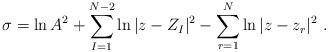
LaTeX: \begin{align*}\sigma =\ln A^2 +\sum_{I=1}^{N-2} \ln|z - Z_I|^2 -\sum_{r=1}^{N} \ln|z-z_r|^2\ .\end{align*}